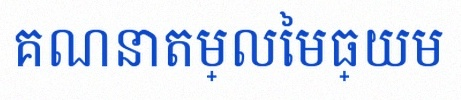
គណនាតម្លៃមធ្យម